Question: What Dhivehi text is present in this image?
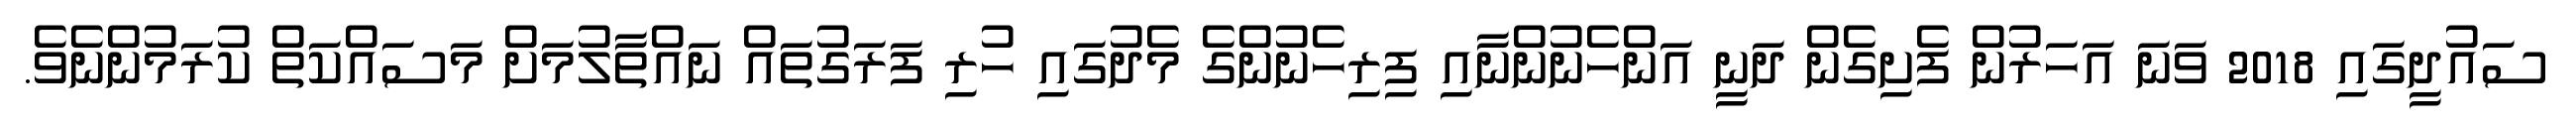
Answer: ސައުދީގައި 2018 ވަނަ އަހަރުން ފެށިގެން ދަނީ އަންހެނުންނާއި ފިރިހެނުންގެ މެދުގައި ހުރި ފަރަގުތައް ނައްތާލުމަށް މަސައްކަތް ކުރަމުންނެވެ.